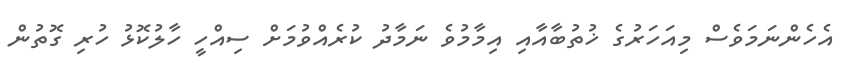
އެހެންނަމަވެސް މިއަހަރުގެ ޚުތުބާއާއި އިމާމުވެ ނަމާދު ކުރެއްވުމަށް ސިއްހީ ހާލުކޮޅު ހުރި ގޮތުން